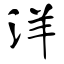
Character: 洋